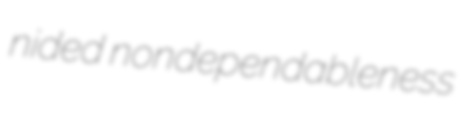
nided nondependableness